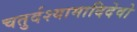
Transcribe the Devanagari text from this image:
चतुर्दश्यामादिदेवो